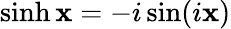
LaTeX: \sinh\mathbf{x}=-i\sin(i\mathbf{x})